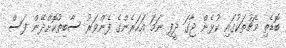
ބޮޑެތި މެޗުތަކުގައި ކުޅެން ޖާގަ ދީފި ނަމަ އަހަރެންގެ ފެންވަރު ސާބިތުކޮށްދޭން ފަސް